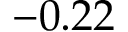
- 0 . 2 2